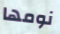
نومها